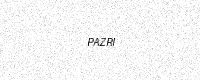
Text: PAZRI